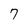
Character: 7